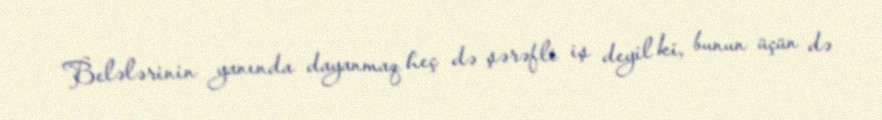
Belələrinin yanında dayanmaq heç də şərəfli iş deyil ki, bunun üçün də